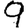
Digit: 9